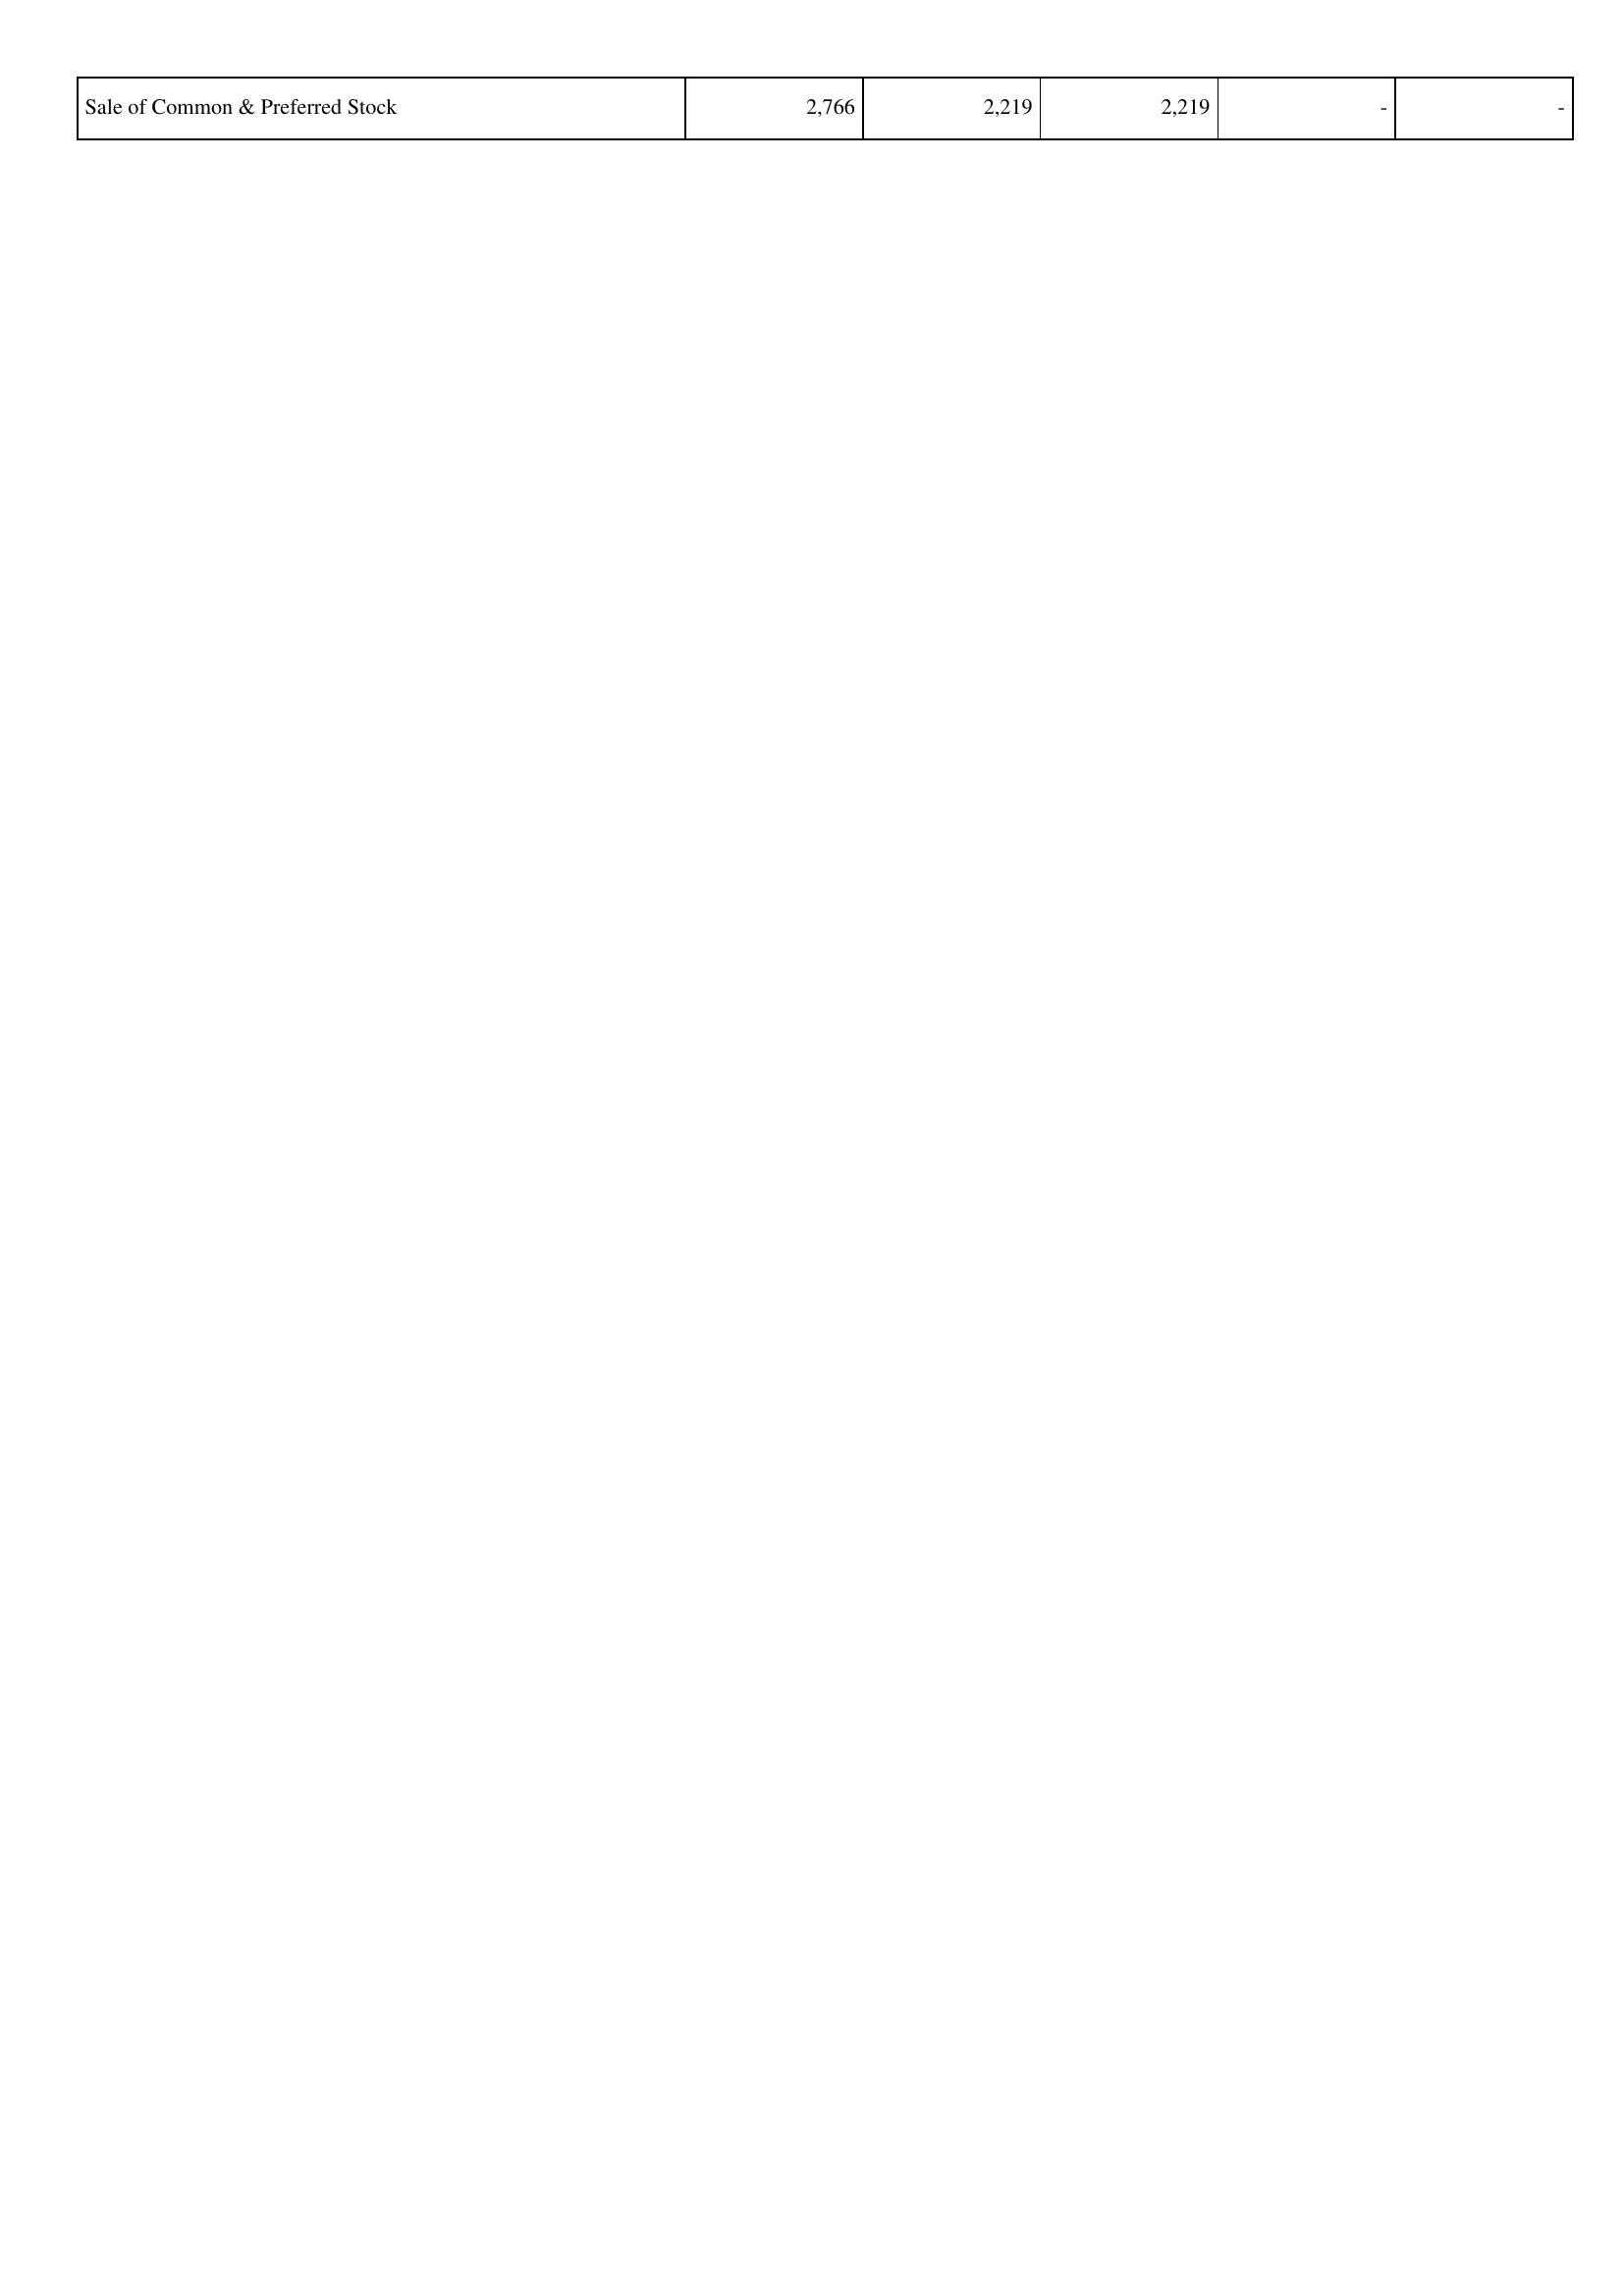
2008: Financing Activities: Sale of Common & Preferred Stock: 2,766
2009: Financing Activities: Sale of Common & Preferred Stock: 2,219
2010: Financing Activities: Sale of Common & Preferred Stock: 2,219
2011: Financing Activities: Sale of Common & Preferred Stock: -
2012: Financing Activities: Sale of Common & Preferred Stock: -